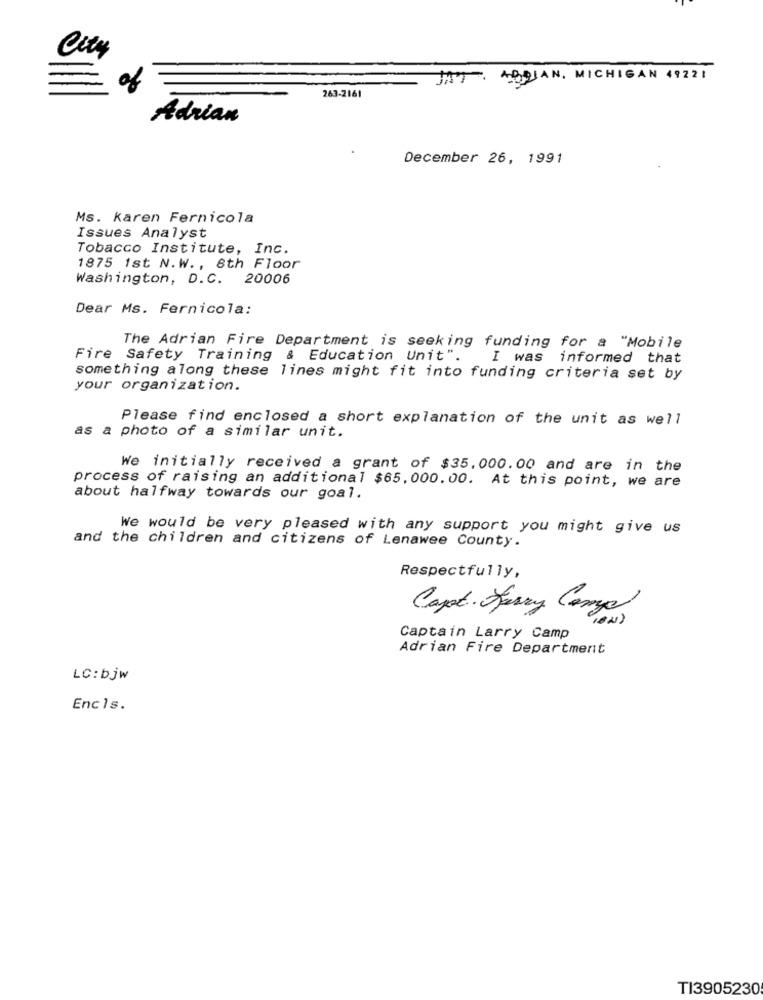
City
ABDJAN, MICHIGAN 49221
263-2161
Adrian
December 26, 1991
Ms. karen Fernicola
Issues Analyst
Tobacco Institute, Inc.
1875 1st N.W ., 8th Floor
Washington, D.C. 20006
Dear Ms. Fernicola:
The Adrian Fire Department is seeking funding for a "Mobile
Fire Safety Training & Education Unit".
I was informed that
something along these lines might fit into funding criteria set by
your organization.
Please find enclosed a short explanation of the unit as well
as a photo of a similar unit.
We initially received a grant of $35,000.00 and are in the
process of raising an additional $65,000.00. At this point, we are
about halfway towards our goal.
We would be very pleased with any support you might give us
and the children and citizens of Lenawee County.
Respectfully,
Capt. Jerry Carga
Captain Larry Camp
Adrian Fire Department
LC:bjw
Encls.
TI3905230